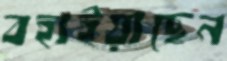
বহাইয়াছেন